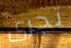
تجرى